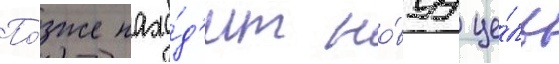
По́зже нахо́д'ит но́вуу це́ль